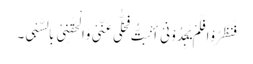
فَنَظَرُوْا فَلَمْ یَجِدُوْنِیْ أَنْبَتُّ فَخَلّٰی عَنِّیْ وَاَلْحَقَنِیْ بِالسَّبْیِ۔